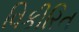
વિકીરિત